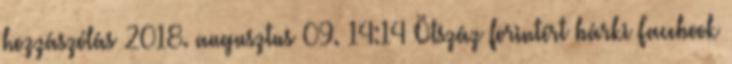
hozzászólás 2018. augusztus 09. 14:14 Ötszáz forintért bárki Facebook